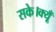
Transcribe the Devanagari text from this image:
सके।क्यूँ